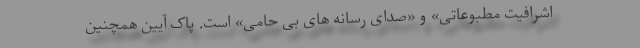
اشرافیت مطبوعاتی» و «صدای رسانه های بی حامی» است. پاک آیین همچنین